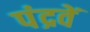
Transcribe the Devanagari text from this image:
पंद्रवें